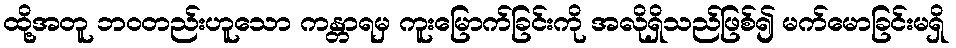
ထို့အတူ ဘဝတည်းဟူသော ကန္တာရမှ ကူးမြောက်ခြင်းကို အလိုရှိသည်ဖြစ်၍ မက်မောခြင်းမရှိ